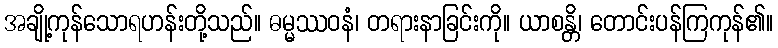
အချို့ကုန်သောရဟန်းတို့သည်။ ဓမ္မဿဝနံ၊ တရားနာခြင်းကို။ ယာစန္တိ၊ တောင်းပန်ကြကုန်၏။